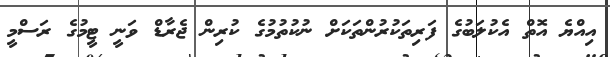
އިއްޔެ އޮތް އެކުލަބުގެ ފަރިތަކުރުންތަކަށް ނުކުތުމުގެ ކުރިން ޖެރާޑް ވަނީ ޓީމުގެ ރަސްމީ